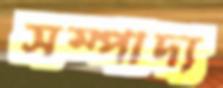
সম্পাদ্য